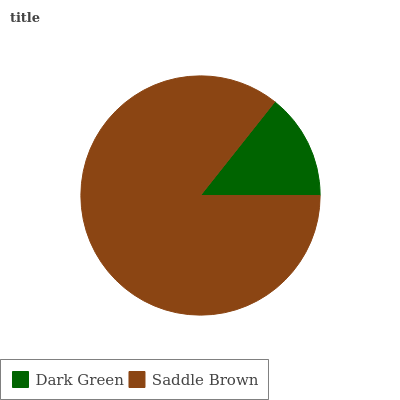
| Dark Green | Saddle Brown |
 | --- | --- |
 | 14.3% | 85.7% |